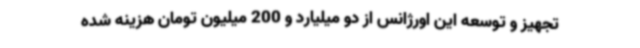
تجهیز و توسعه این اورژانس از دو میلیارد و 200 میلیون تومان هزینه شده